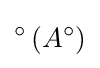
{}^{\circ }\left(A^{\circ }\right)